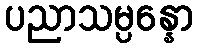
ပညာသမ္ပန္နော